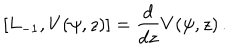
[ L _ { - 1 } , V ( \psi , z ) ] = { \frac { d } { d z } } V ( \psi , z ) \, .